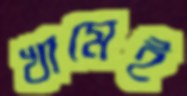
খামেই